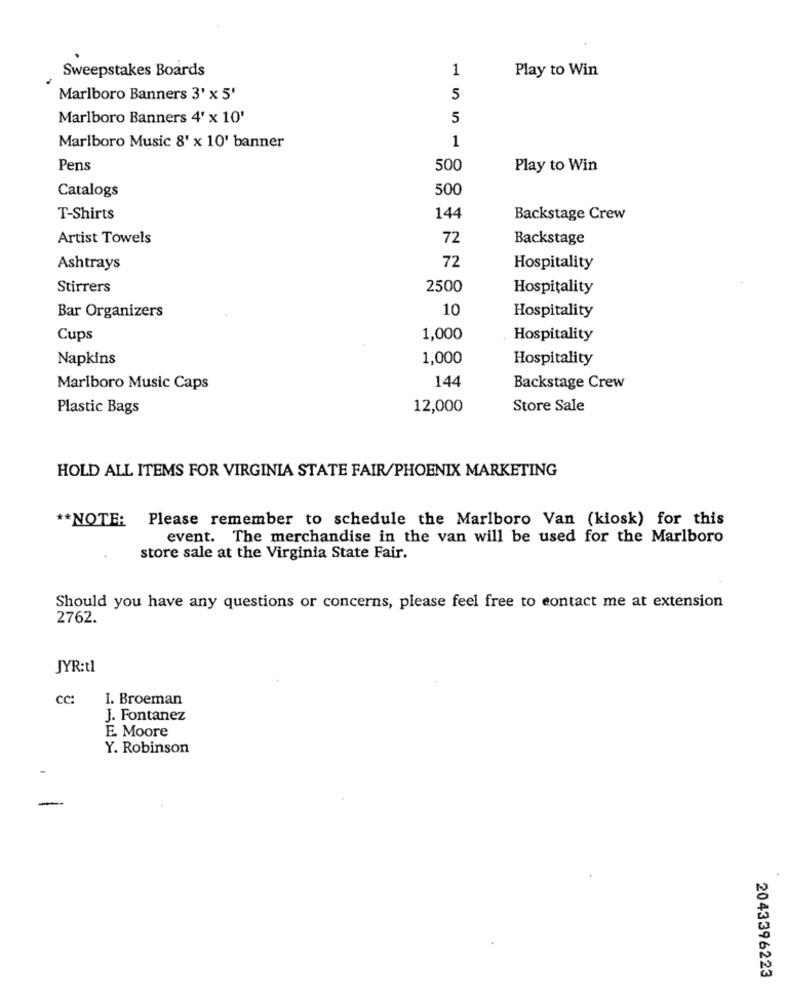
Sweepstakes Boards
1
Play to Win
Marlboro Banners 3' x 5'
5
Marlboro Banners 4'x 10'
5
1
Marlboro Music 8' x 10' banner
Pens
500
Play to Win
Catalogs
500
T-Shirts
144
Backstage Crew
Artist Towels
72
Backstage
72
Ashtrays
Hospitality
Stirrers
2500
Hospitality
Bar Organizers
10
Hospitality
Cups
1,000
Hospitality
Napkins
1,000
Hospitality
144
Marlboro Music Caps
Backstage Crew
Plastic Bags
12,000
Store Sale
HOLD ALL ITEMS FOR VIRGINIA STATE FAIR/PHOENIX MARKETING
** NOTE: Please remember to schedule the Marlboro Van (kiosk) for this
event. The merchandise in the van will be used for the Marlboro
store sale at the Virginia State Fair.
Should you have any questions or concerns, please feel free to contact me at extension
2762.
JYR:tl
cc:
I. Broeman
J. Fontanez
E. Moore
Y. Robinson
-
2043396223